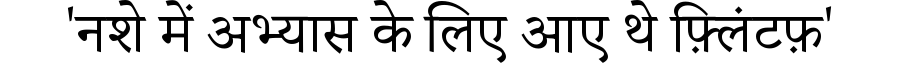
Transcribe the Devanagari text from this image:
'नशे में अभ्यास के लिए आए थे फ़्लिंटफ़'